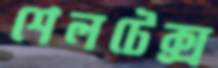
শেলটেক্স